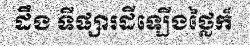
ដឹង ទីផ្សារដីឡើងថ្លៃក៏